Indian journal of veterinary science and animal husbandry - Volumes 24-25, 1954-1955
Year: 1954
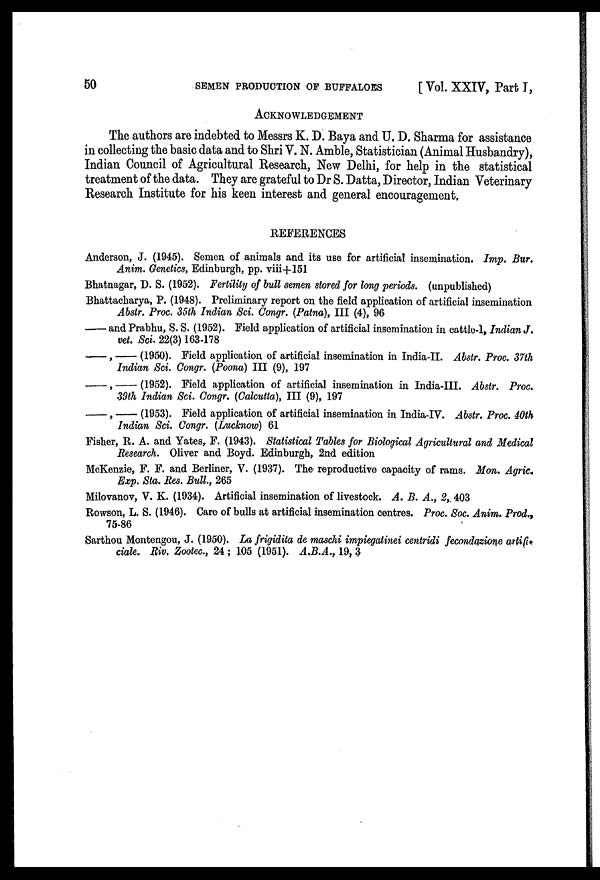
50
SEMEN PRODUCTION OF BUFFALOES
[ Vol. XXIV, Part I,
ACKNOWLEDGEMENT
The authors are indebted to Messrs K. D. Baya and U. D. Sharma for assistance
in collecting the basic data and to Shri V. N. Amble, Statistician (Animal Husbandry),
Indian Council of Agricultural Research, New Delhi, for help in the statistical
treatment of the data. They are grateful to Dr S. Datta, Director, Indian Veterinary
Research Institute for his keen interest and general encouragement.
REFERENCES
Anderson, J. (1945). Semen of animals and its use for artificial insemination. Imp. Bur.
Anim. Genetics, Edinburgh, pp. viii+151
Bhatnagar, D. S. (1952). Fertility of bull semen stored for long periods. (unpublished)
Bhattacharya, P. (1948). Preliminary report on the field application of artificial insemination
Abstr. Proc. 35th Indian Sci. Congr. (Patna), III (4), 96
— and Prabhu, S. S. (1952). Field application of artificial insemination in cattle-1, Indian J.
vet. Sci. 22(3) 163-178
,
(1950). Field application of artificial insemination in India-II. Abstr. Proc. 37th
Indian Sci. Congr. (Poona) III (9), 197
,
(1952). Field application of artificial insemination in India-III. Abstr. Proc.
39th Indian Sci. Congr. (Calcutta), III (9), 197
,
(1953). Field application of artificial insemination in India-IV. Abstr. Proc. 40th
Indian Sci. Congr. (Lucknow) 61
Fisher, R. A. and Yates, F. (1943). Statistical Tables for Biological Agricultural and Medical
Research. Oliver and Boyd. Edinburgh, 2nd edition
McKenzie, F. F. and Berliner, V. (1937). The reproductive capacity of rams. Mon. Agric.
Exp. Sta. Res. Bull., 265
Milovanov, V. K. (1934). Artificial insemination of livestock. A. B. A., 2, 403
Rowson, L. S. (1946). Care of bulls at artificial insemination centres. Proc. Soc. Anim. Prod.,
75-86
Sarthou Montengou, J. (1950). La frigidita de maschi impiegatinei centridi fecondazione artifi
ciale. Riv, Zootec., 24 ; 105 (1951). A.B.A., 19, 3